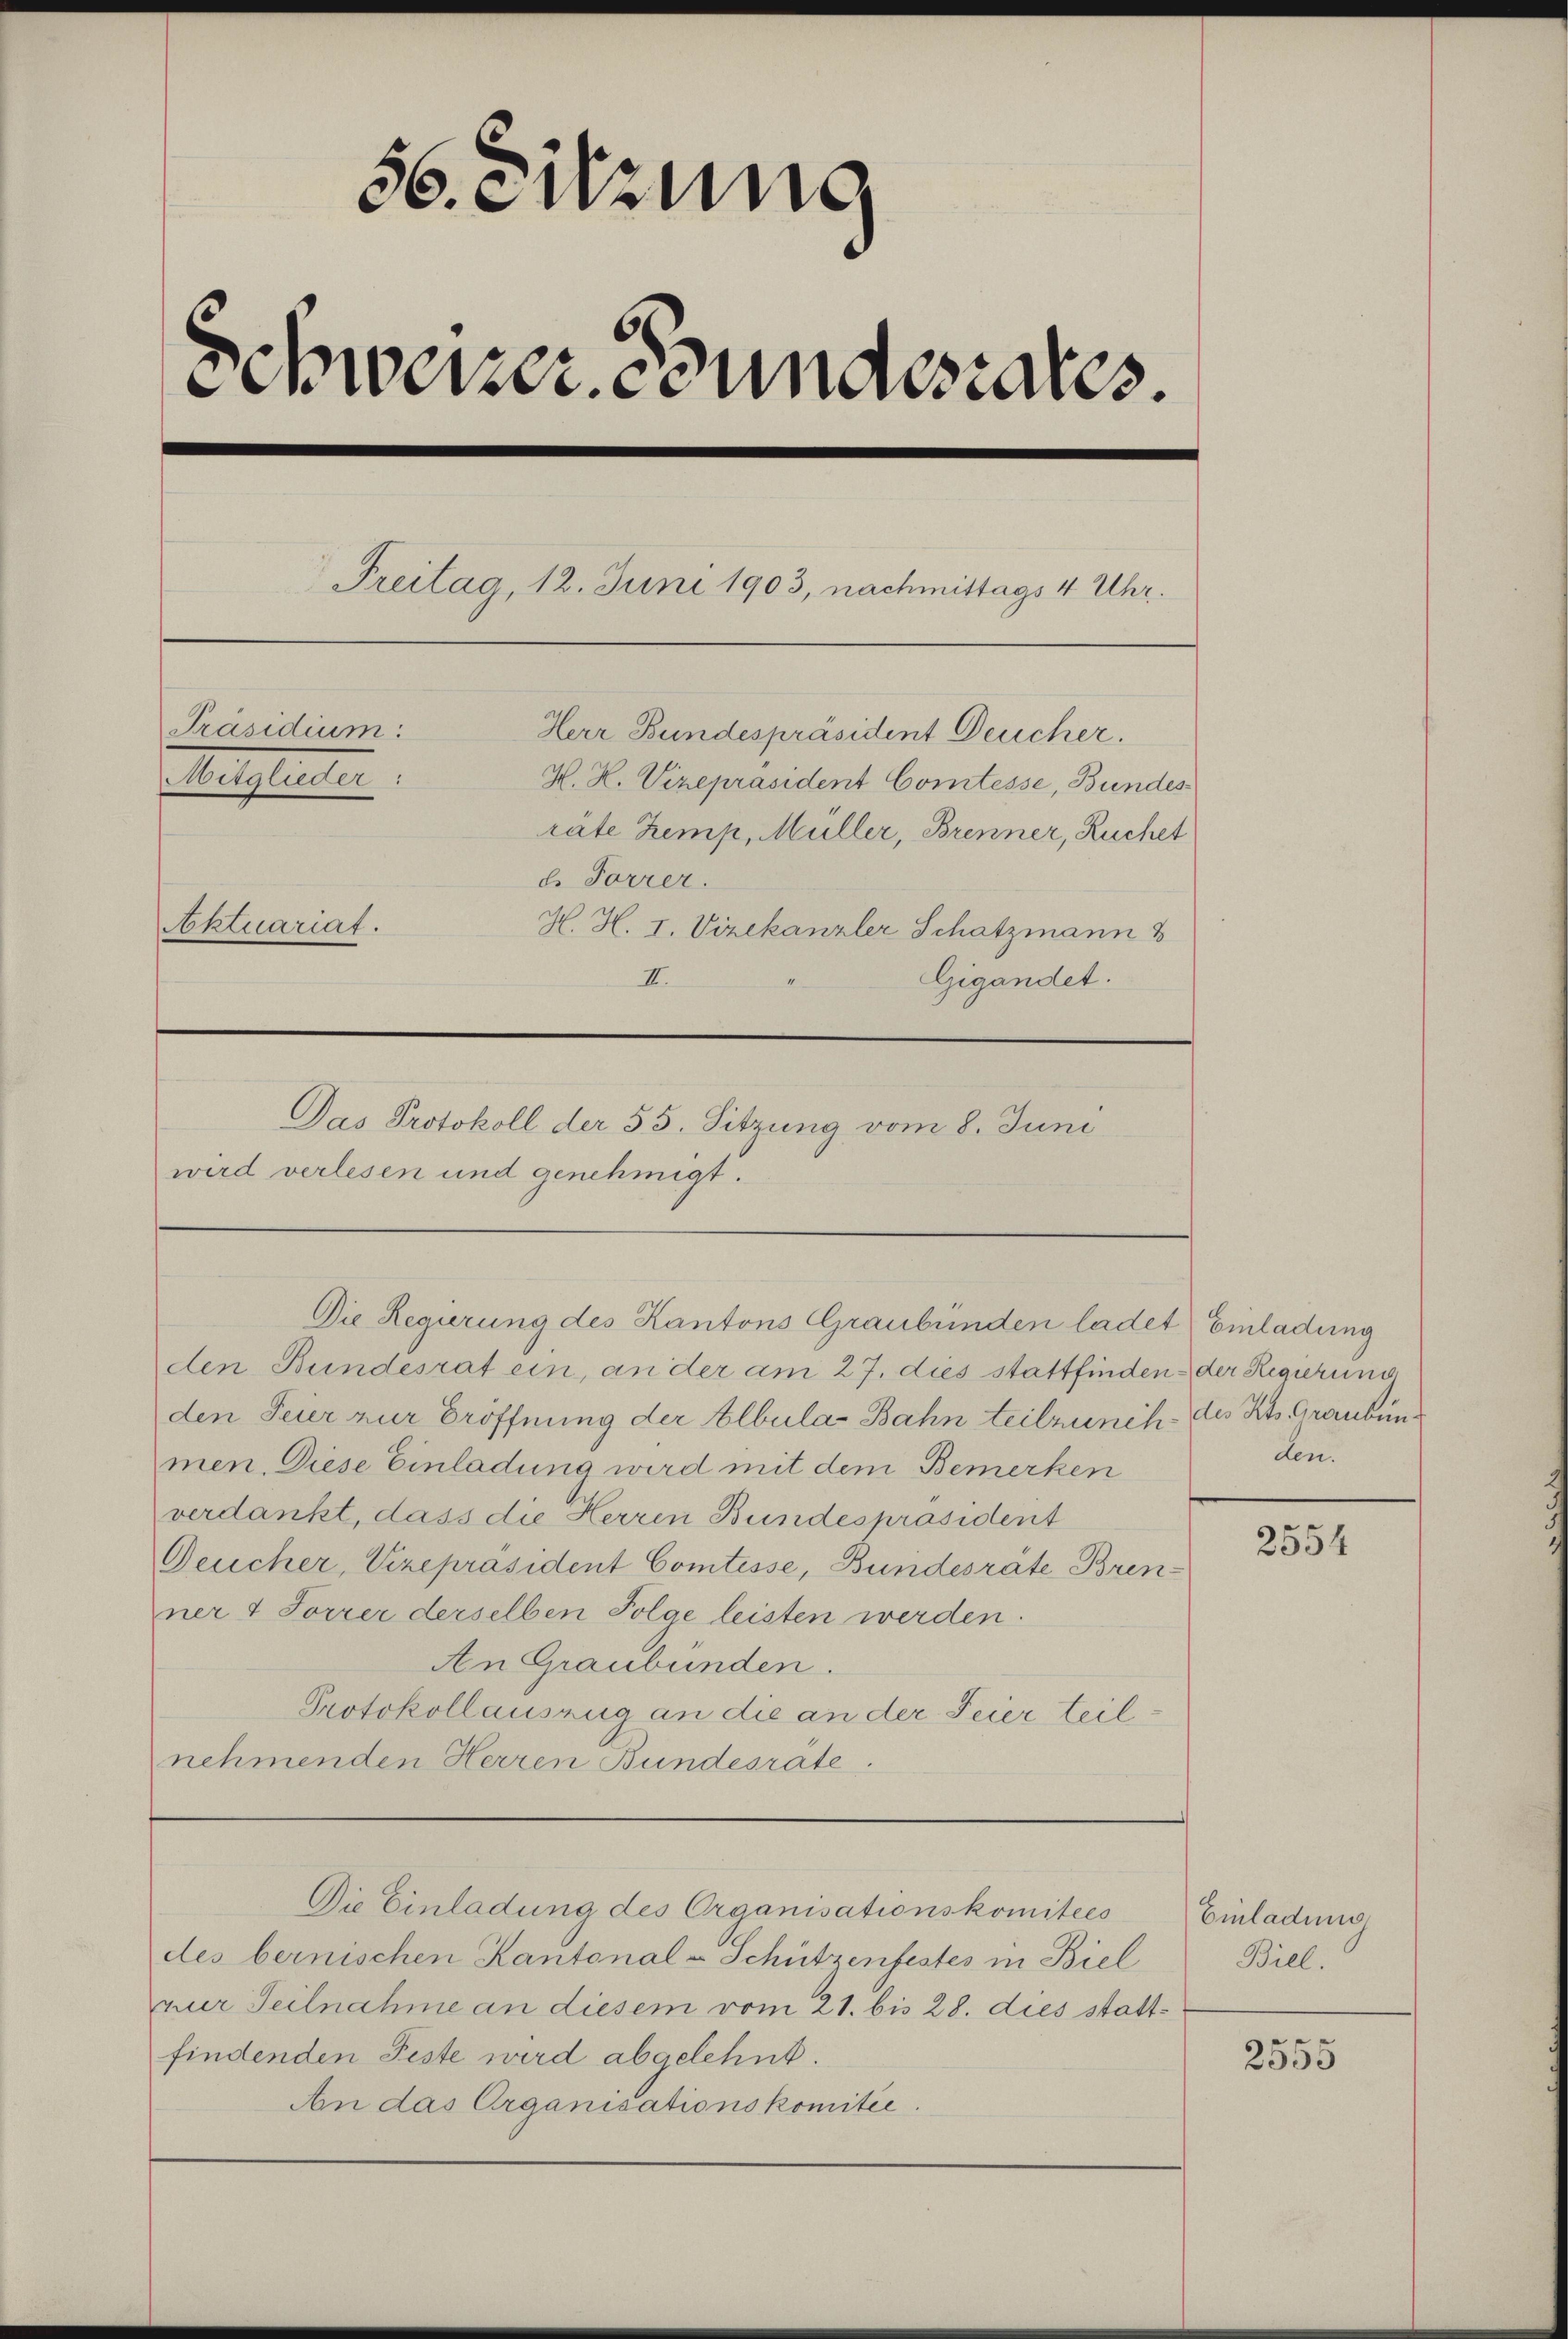
56. Sitzung
Schweizer. Bundesrates.
Freitag, 12. Juni 1903, nachmittags 4 Uhr.
Präsidium:
Herr Bundespräsident Deucher.
Wethleiter
H. H. Vizepräsident Comtesse, Bundes
räte Zemp, Müller, Brenner, Ruchet
d. Forrer.
Aktuariat.
H. H. I. Vizekanzler Schatzmann
II.
Gigandet.

wird verlesen und genehmigt.

Das Protokoll der 55. Sitzung vom 8. Juni

den Bundesrat ein, an der am 27. dies stattfinden der Regierung
den Feier zur Eröffnung der Albula Bahn teilzunch des Kts. Graubünmen. Diese Einladung wird mit dem Bemerken
verdankt, dass die Herren Bundespräsident
Deucher, Vizepräsident Comtesse, Bundesräte Brenner 1 Forrer derselben Folge leisten werden.
An Graubünden.
Protokollauszug an die an der Feier teilnehmenden Herren Bundesrate.

Die Regierung des Kantons Graubünden ladet) Einladung

Die Einladung des Organisationskomitees Einladung

den.

des bernischen Kantonal-Schützenfestes in Biel
zer Teilnahme an diesem vom 21. bis 28. dies stattfindenden Feste wird abgelehnt.
An das Organisationskomitée.

2554

Bill.

2555